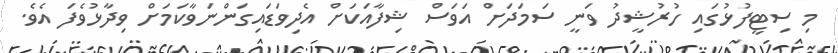
މި ސިޓީފުޅުގައި ހުރުޝީދު ވަނީ ސަމަދަށް އަވަސް ޝިފާއަކަށް އެދިވަޑައިގަންނަވާކަމަށް ވިދާޅުވެފަ އެވެ.